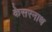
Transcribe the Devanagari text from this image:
केसरनाथ